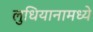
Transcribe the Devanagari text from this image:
लुधियानामध्ये